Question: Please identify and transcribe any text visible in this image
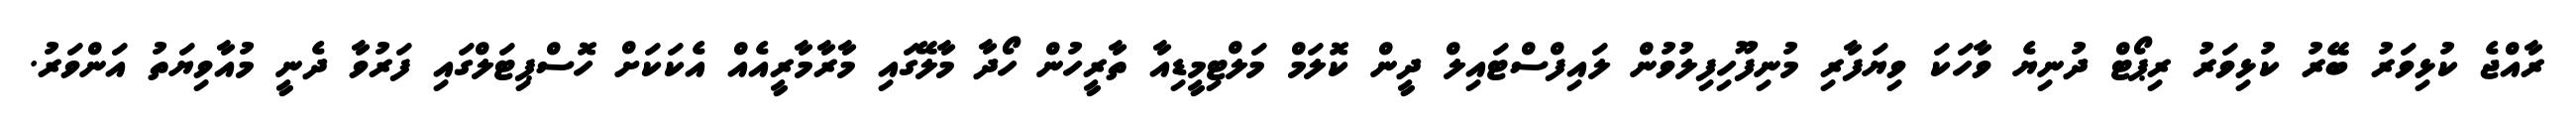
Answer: ރާއްޖެ ކުޅިވަރު ބޭރު ކުޅިވަރު ރިޕޯޓް ދުނިޔެ ވާހަކަ ވިޔަފާރި މުނިފޫހިފިލުވުން ލައިފްސްޓައިލް ދީން ކޮލަމް މަލްޓިމީޑިއާ ތާރީހުން ހޯދާ މާލޭގައި މާރާމާރީއެއް އެކަކަށް ހޮސްޕިޓަލްގައި ފަރުވާ ދެނީ މުއާވިޔަތު އަންވަރު.